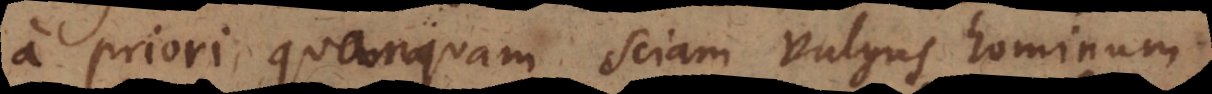
a priori, quanquam sciam vulgus hominum